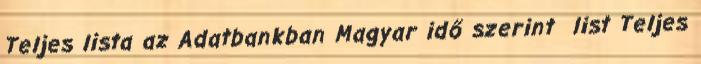
Teljes lista az Adatbankban Magyar idő szerint list Teljes